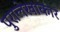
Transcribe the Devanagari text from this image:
पुरालेखाकार